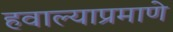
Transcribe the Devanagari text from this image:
हवाल्याप्रमाणे